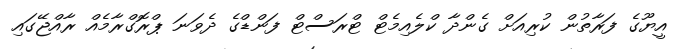
އީޔޫގެ ފަރާތުން ކުރިއަށް ގެންދާ ކްލެއިމެޓް ޓްރަސްޓް ފަންޑްގެ ދެވަނަ ޕްރޮގްރާމެއް ރާއްޖޭގައި